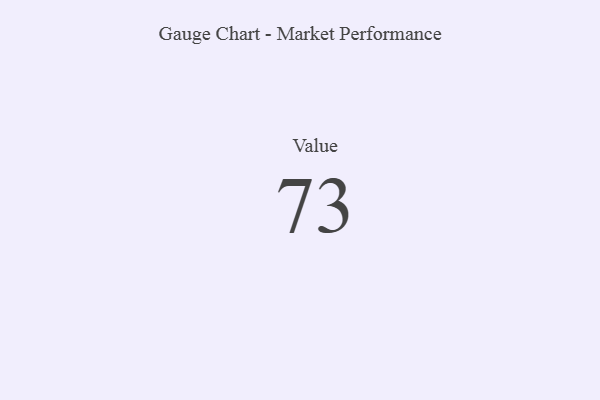
{"axis": {"x": "Metric", "y": "Value"}, "legend": [""], "data": [{"x": "Value", "y": 73, "type": ""}]}